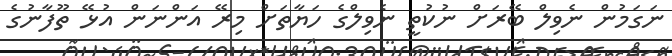
ނަގަމުން ނެވިލް ބޭރަށް ނުކުތީ ނެވިލްގެ ހަޔާތަށް މިރޭ އަންނަން އުޅޭ ތޫފާނުގެ